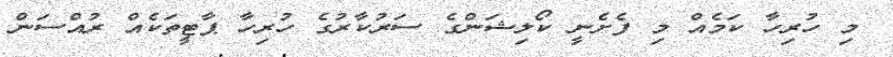
މި ހުރިހާ ކަމެއް މި ފެށެނީ ކޯލިޝަންގެ ސަރުކާރުގެ ހުރިހާ ޕާޓީތަކެއް ރުއްސަން